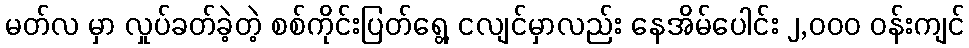
မတ်လ မှာ လှုပ်ခတ်ခဲ့တဲ့ စစ်ကိုင်းပြတ်ရွေ့ ငလျင်မှာလည်း နေအိမ်ပေါင်း ၂,၀၀၀ ဝန်းကျင်